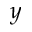
y